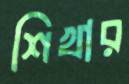
শিখার